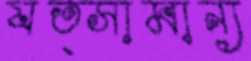
যত্সামান্য